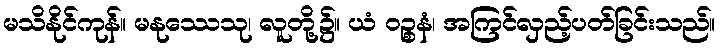
မသိနိုင်ကုန်။ မနုဿေသု၊ လူတို့၌။ ယံ ဝဉ္စနံ၊ အကြင်လှည့်ပတ်ခြင်းသည်။